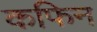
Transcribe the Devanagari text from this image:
कफिन